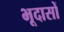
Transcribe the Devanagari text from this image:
भूदासों